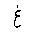
Letter: _gayn